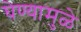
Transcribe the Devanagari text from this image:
घेण्यामुळे